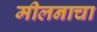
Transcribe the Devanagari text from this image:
मीलनाचा